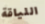
اللياقة